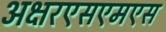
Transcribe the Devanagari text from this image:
अक्षरएसएमएस